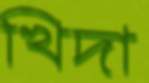
খিদা